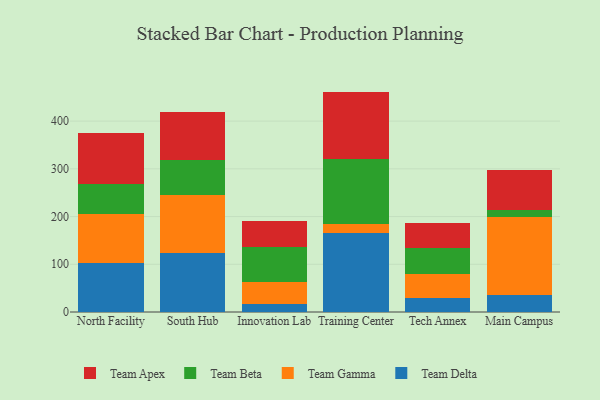
{"axis": {"x": "Campus", "y": "Net Income (USD K)"}, "legend": ["Team Apex", "Team Beta", "Team Delta", "Team Gamma"], "data": [{"x": "North Facility", "y": 101.9, "type": "Team Delta"}, {"x": "North Facility", "y": 103.8, "type": "Team Gamma"}, {"x": "North Facility", "y": 63.2, "type": "Team Beta"}, {"x": "North Facility", "y": 106.0, "type": "Team Apex"}, {"x": "South Hub", "y": 124.1, "type": "Team Delta"}, {"x": "South Hub", "y": 122.1, "type": "Team Gamma"}, {"x": "South Hub", "y": 73.2, "type": "Team Beta"}, {"x": "South Hub", "y": 99.9, "type": "Team Apex"}, {"x": "Innovation Lab", "y": 17.1, "type": "Team Delta"}, {"x": "Innovation Lab", "y": 45.7, "type": "Team Gamma"}, {"x": "Innovation Lab", "y": 72.6, "type": "Team Beta"}, {"x": "Innovation Lab", "y": 55.1, "type": "Team Apex"}, {"x": "Training Center", "y": 164.6, "type": "Team Delta"}, {"x": "Training Center", "y": 19.8, "type": "Team Gamma"}, {"x": "Training Center", "y": 135.3, "type": "Team Beta"}, {"x": "Training Center", "y": 142.2, "type": "Team Apex"}, {"x": "Tech Annex", "y": 28.7, "type": "Team Delta"}, {"x": "Tech Annex", "y": 51.6, "type": "Team Gamma"}, {"x": "Tech Annex", "y": 53.5, "type": "Team Beta"}, {"x": "Tech Annex", "y": 52.7, "type": "Team Apex"}, {"x": "Main Campus", "y": 34.8, "type": "Team Delta"}, {"x": "Main Campus", "y": 163.3, "type": "Team Gamma"}, {"x": "Main Campus", "y": 14.8, "type": "Team Beta"}, {"x": "Main Campus", "y": 83.7, "type": "Team Apex"}]}